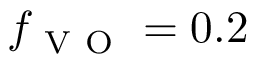
f _ { \mathrm { ~ V ~ O ~ } } = 0 . 2